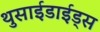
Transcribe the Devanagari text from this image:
थुसाईडाईड्स